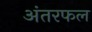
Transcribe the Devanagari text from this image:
अंतरफल